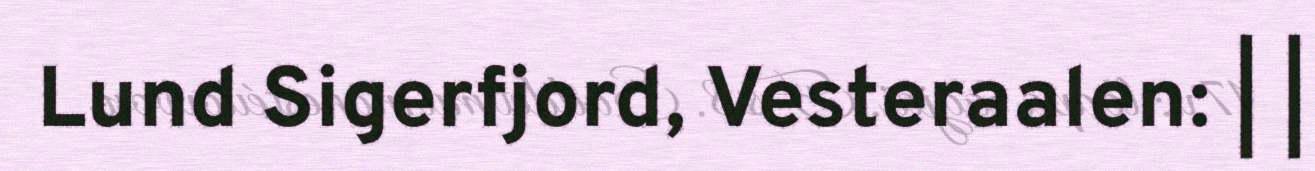
Lund Sigerfjord, Vesteraalen: | |